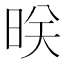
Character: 𬀲